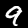
Label: 9